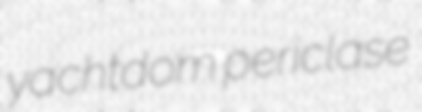
yachtdom periclase